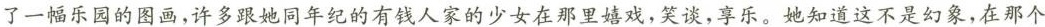
了一幅乐园的图画，许多跟她同年纪的有钱人家的少女在那里嬉戏，笑谈，享乐。她知道这不是幻象，在那个